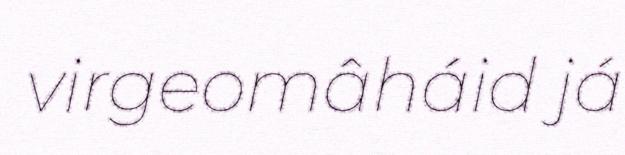
virgeomâháid já